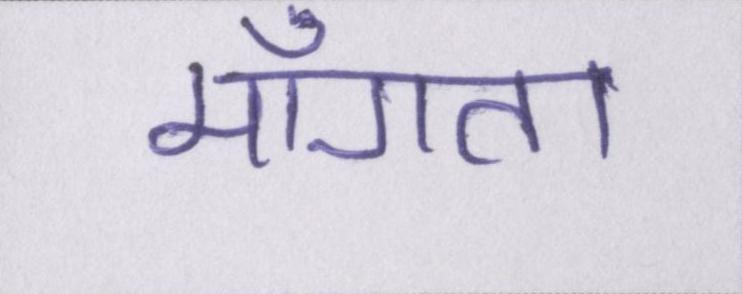
माँगता